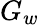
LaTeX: G_{w}